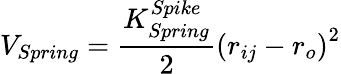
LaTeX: V_{Spring}=\frac{K_{Spring}^{Spike}}{2}\left(r_{ij}-r_{o}\right)^{2}